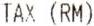
TAX (RM)